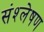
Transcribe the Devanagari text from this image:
संश्‍लेषण